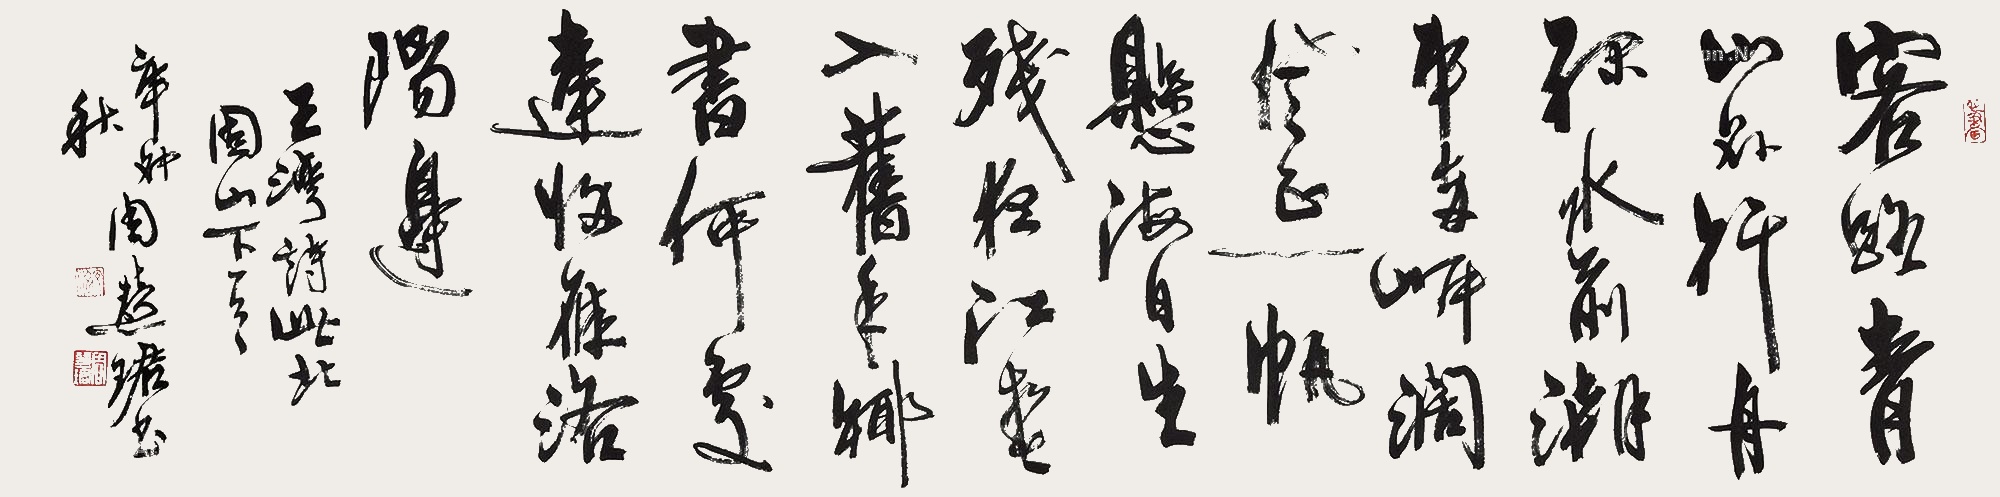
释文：客路青山外，行舟绿水前。潮平两岸阔，风正一帆悬。海日生残夜，江春入旧年。乡书何处达？归雁洛阳边。王湾诗次北固山下，辛卯秋周慧珺书。